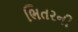
ભિતરની